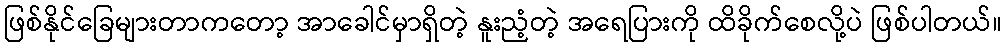
ဖြစ်နိုင်ခြေများတာကတော့ အာခေါင်မှာရှိတဲ့ နူးညံ့တဲ့ အရေပြားကို ထိခိုက်စေလို့ပဲ ဖြစ်ပါတယ်။